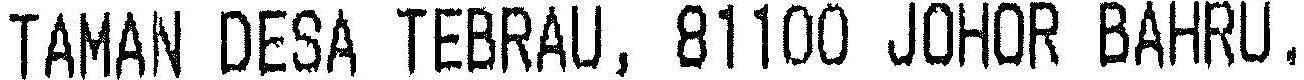
TAMAN DESA TEBRAU, 81100 JOHOR BAHRU.